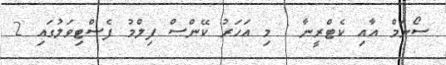
ސޯނަމް އާއި ކެޓްރީނާ : މި އަހަރު ކޭންސް ފިލްމު ފެސްޓިވަލުގައި 2